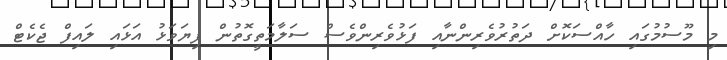
މި މޫސުމުގައި ހާއްސަކޮށް ދަތުރުވެރިންނާއި ފަޅުވެރިންވެސް ސަލާމަތީގޮތުން ފިޔަވަޅު އަޅައި ލައިފް ޖެކެޓް